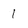
Character: 1